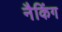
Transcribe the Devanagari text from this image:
नैकिंग